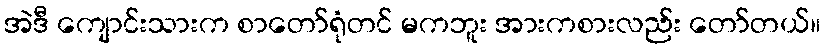
အဲဒီ ကျောင်းသားက စာတော်ရုံတင် မကဘူး အားကစားလည်း တော်တယ်။